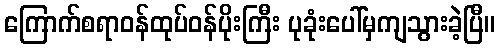
ကြောက်စရာဝန်ထုပ်ဝန်ပိုးကြီး ပုခုံးပေါ်မှကျသွားခဲ့ပြီ။